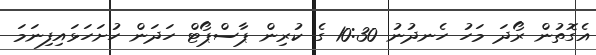
އެގޮތުން ރޯދަ މަހު ހެނދުނު 10:30 ގެ ކުރިން ޕާސްޕޯޓް ހަދަން ހުށަހަޅައިފިނަމަ